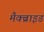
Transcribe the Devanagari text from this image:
मैक्ब्राइड